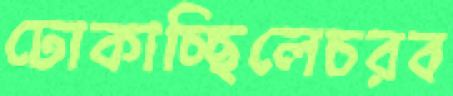
ঢোকাচ্ছিলেচরব